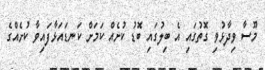
މޫސާ ވިދާޅުވި ގޮތުގައި އެ ބިލުގައި ބޮޑު ކުށެއް ކަމަށް ކަނޑައަޅާފައިވާ ކުށެއްގެ